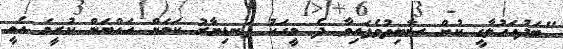
"ބަދުއަހުލާގީ ކުށް ސާބިތުވެފައިވާ ދެ މީހަކު ފަނޑިޔާރު ކަމަށް އައްޔަން ކުރީމަ އެއީ